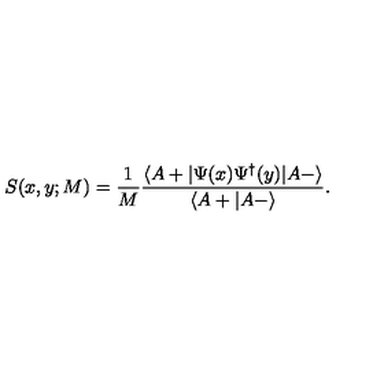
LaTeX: S ( x , y ; M ) = \frac { 1 } { M } \frac { \langle A + | \Psi ( x ) \Psi ^ { \dagger } ( y ) | A - \rangle } { \langle A + | A - \rangle } .